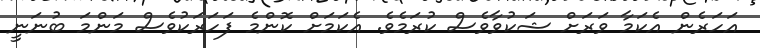
އަހަރެން އެކަމާ ވަރަށް ޝަކުވާވެސް ކުރަމެވެ. އެކަމަށް ކޮންމެ ފަހަރަކުވެސް މަންމަ ބުނަނީ